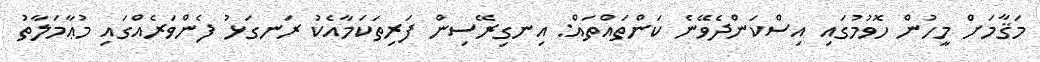
މަޤާމަށް މީހުން ހޮވުމުގައި އިސްކަންދެވޭނެ ކަންތައްތައް: އިނގިރޭސިން ފަރިތަކަމާއެކު ރަނގަޅު ފެންވަރެއްގައި މުޢާމަލާތު